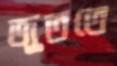
জুততে